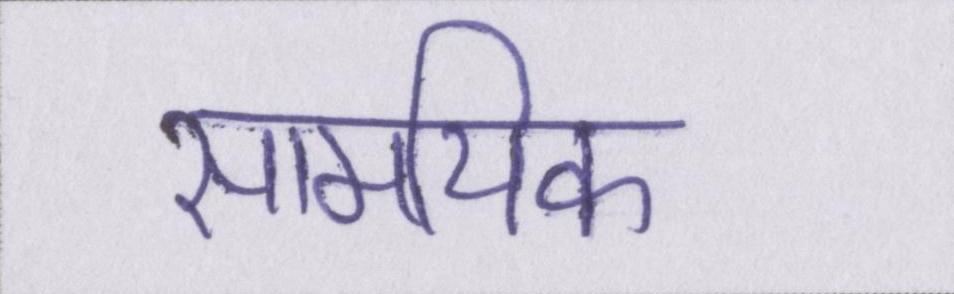
सामयिक